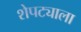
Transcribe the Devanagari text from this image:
शेपट्याला